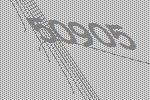
50905